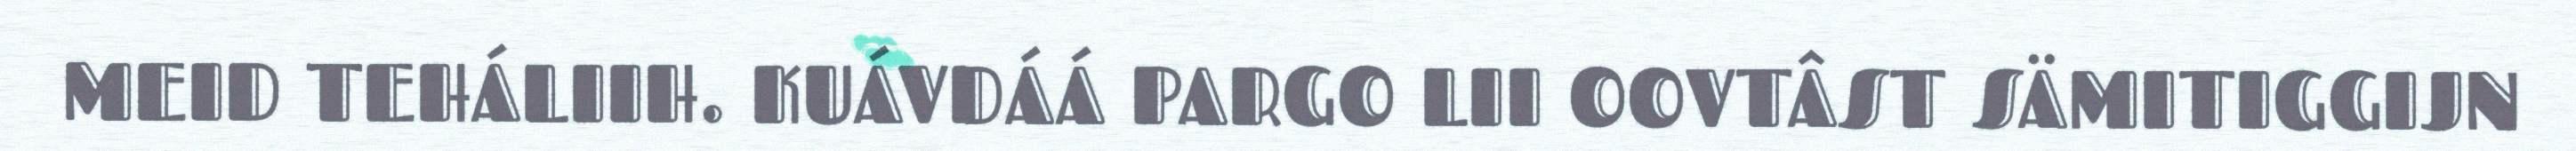
MEID TEHÁLIIH. KUÁVDÁÁ PARGO LII OOVTÂST SÄMITIGGIJN